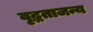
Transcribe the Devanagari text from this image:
वृद्धताजन्य